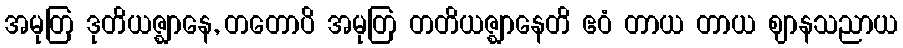
အမုတြ ဒုတိယဇ္ဈာနေ, တတောပိ အမုတြ တတိယဇ္ဈာနေတိ ဧဝံ တာယ တာယ ဈာနသညာယ